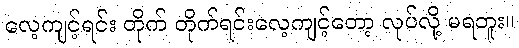
လေ့ကျင့်ရင်း တိုက် တိုက်ရင်းလေ့ကျင့်တော့ လုပ်လို့ မရဘူး။